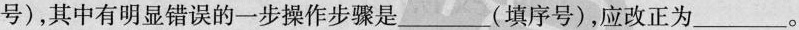
号)，其中有明显错误的一步操作步骤是___(填序号)，应改正为___。